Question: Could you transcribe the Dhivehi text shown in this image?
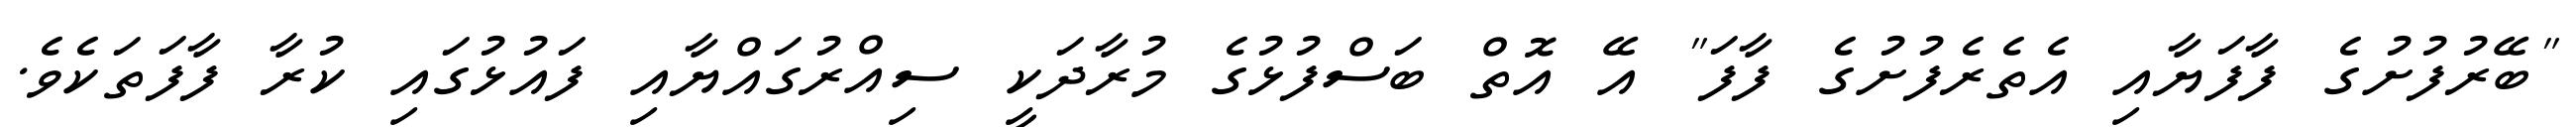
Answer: "ބޭރުފުށުގެ ފާފަޔާއި އެތެރެފުށުގެ ފާފަ" އޭ އޮތް ބަސްފުޅުގެ މުރާދަކީ ސިއްރުގައްޔާއި ފައުޅުގައި ކުރާ ފާފަތަކެވެ.